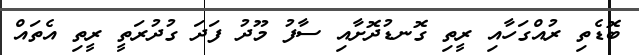
ބޮޑެތި ރުއްގަހާއި ރީތި ގޮނޑުދޮށާއި ސާފު މޫދު ފަދަ ގުދުރަތީ ރީތި އެތައް